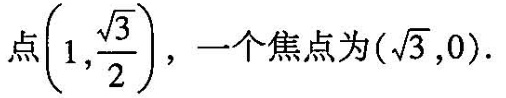
点(1, \frac{\sqrt{3}}{2})， 一个焦点为(\sqrt{3},0).